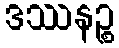
ဒဿနဉ္စ